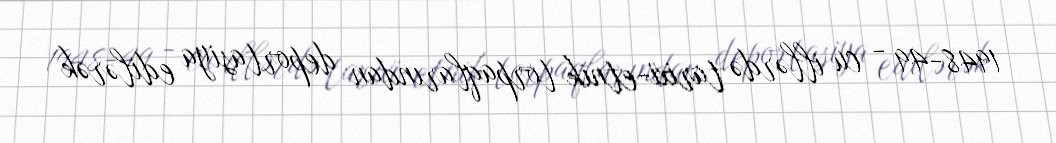
1948-49 - cu illərdə tarixi-etnik torpaqlarından deportasiya edilərək